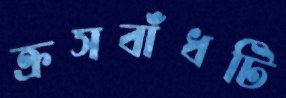
ক্রসবাঁধটি